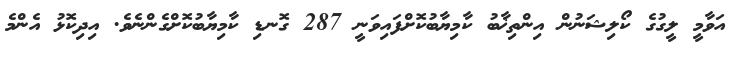
އަވާމީ ލީގުގެ ކޯލިޝަނުން އިންތިޚާބު ކާމިޔާބުކޮށްފައިވަނީ 287 ގޮނޑި ކާމިޔާބުކޮށްގެންނެވެ. އިދިކޮޅު އެންމެ